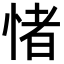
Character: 㥩